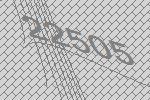
22505